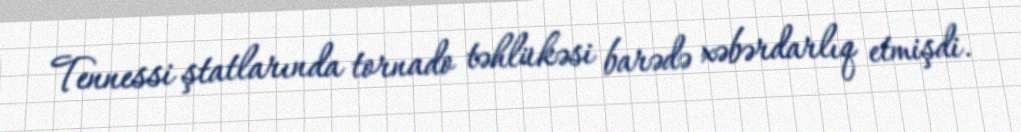
Tennessi ştatlarında tornado təhlükəsi barədə xəbərdarlıq etmişdi.